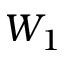
W _ { 1 }